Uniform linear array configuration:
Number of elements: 12
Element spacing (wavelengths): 0.5
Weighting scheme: uniform
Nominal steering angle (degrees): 60
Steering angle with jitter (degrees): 58.512
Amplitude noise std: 0.05
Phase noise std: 0.05

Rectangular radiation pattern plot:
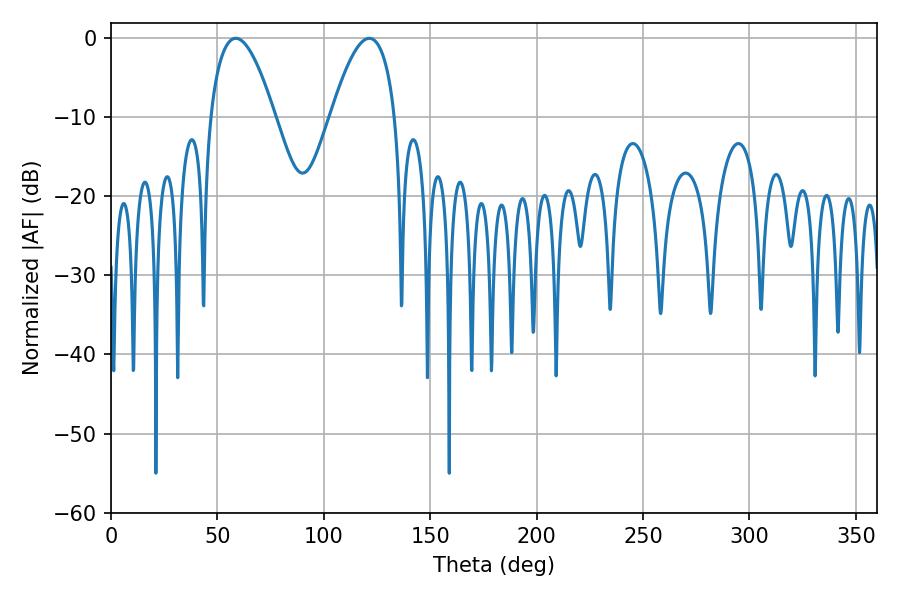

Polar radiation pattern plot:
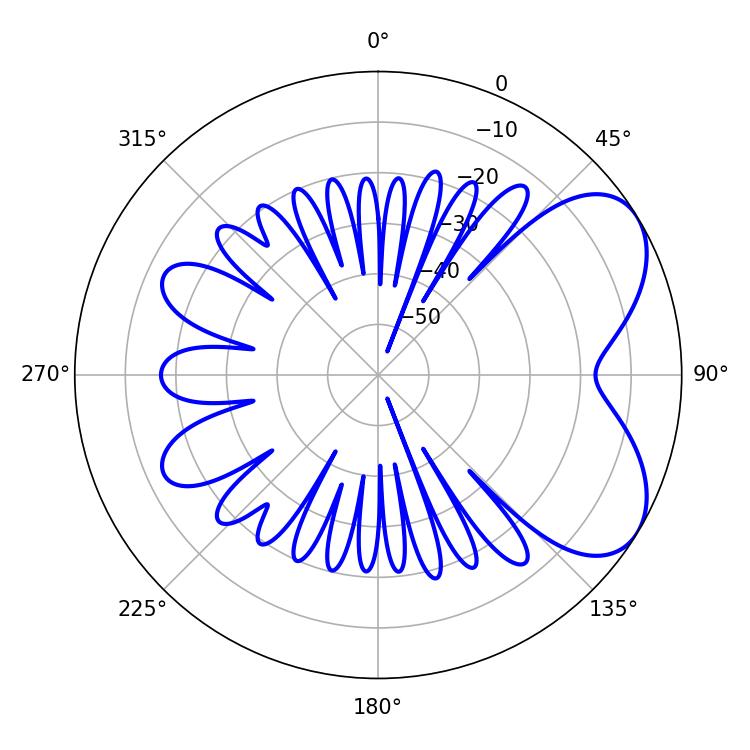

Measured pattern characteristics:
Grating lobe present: FALSE
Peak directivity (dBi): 5.798
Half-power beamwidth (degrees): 16.74
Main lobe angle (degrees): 58.68